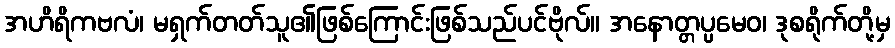
အဟိရိကဗလံ၊ မရှက်တတ်သူ၏ဖြစ်ကြောင်းဖြစ်သည်ပင်ဗိုလ်။ အနောတ္တပ္ပမေဝ၊ ဒုစရိုက်တို့မှ